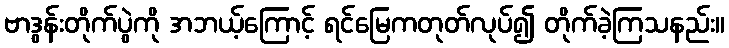
ဗာဒွန်းတိုက်ပွဲကို အဘယ့်ကြောင့် ရင်မြေကတုတ်လုပ်၍ တိုက်ခဲ့ကြသနည်း။